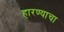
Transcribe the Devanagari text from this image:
हारण्याचा